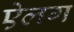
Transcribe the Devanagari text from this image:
ऐलग